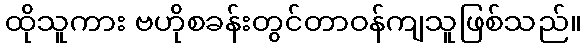
ထိုသူကား ဗဟိုစခန်းတွင်တာဝန်ကျသူဖြစ်သည်။